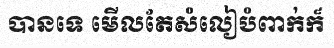
បានទេ មើលតែសំលៀបំពាក់ក៏